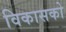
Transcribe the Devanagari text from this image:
विकासको